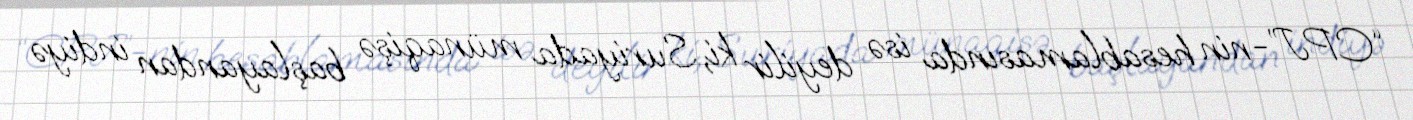
“CPJ”-nin hesablamasında isə deyilir ki, Suriyada münaqişə başlayandan indiyə